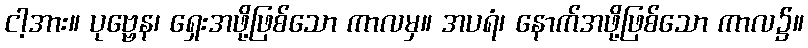
ငါ့အား။ ပုဗ္ဗေန၊ ရှေးအဖို့ဖြစ်သော ကာလမှ။ အပရံ၊ နောက်အဖို့ဖြစ်သော ကာလ၌။